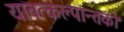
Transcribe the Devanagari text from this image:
यावत्कल्पान्तको